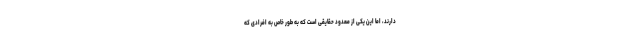
دارند، اما این یکی از معدود حقایقی است که به طور خاص به افرادی که